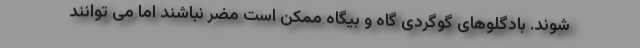
شوند. بادگلوهای گوگردی گاه و بیگاه ممکن است مضر نباشند اما می توانند